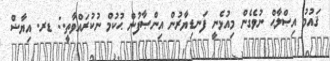
ޤައުމު އިޞްލާޙް ނުވެގެން މިއުޅެނީ ފަނޑިޔާރުން އިންޞާފުން ޙުކުމް ނުކުރައްވާތީ.: ޑރ. އިޔާޟް